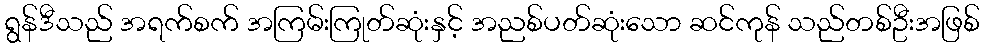
ရွန်ဒီသည် အရက်စက် အကြမ်းကြုတ်ဆုံးနှင့် အညစ်ပတ်ဆုံးသော ဆင်ကုန် သည်တစ်ဦးအဖြစ်